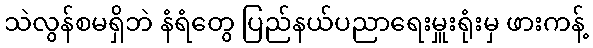
သဲလွန်စမရှိဘဲ နံရံတွေ ပြည်နယ်ပညာရေးမှူးရုံးမှ ဖားကန့်